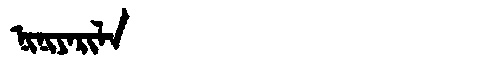
Manchu: ᠨᡳᠨᡳᠶᠠᡵᡳᠯᠠ
Romanization: NINIYARILA